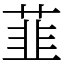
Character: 韮